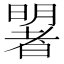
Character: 𣋐